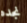
نجده